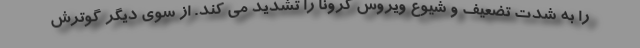
را به شدت تضعیف و شیوع ویروس کرونا را تشدید می کند. از سوی دیگر گوترش